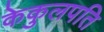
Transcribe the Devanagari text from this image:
केकुलपति